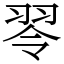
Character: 䎆